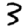
Digit: 3